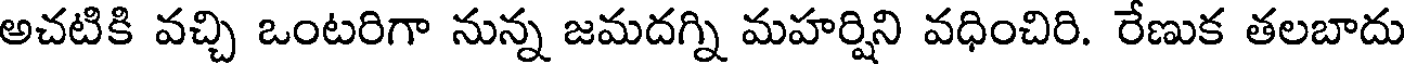
అచటికి వచ్చి ఒంటరిగా నున్న జమదగ్ని మహర్షిని వధించిరి. రేణుక తలబాదు